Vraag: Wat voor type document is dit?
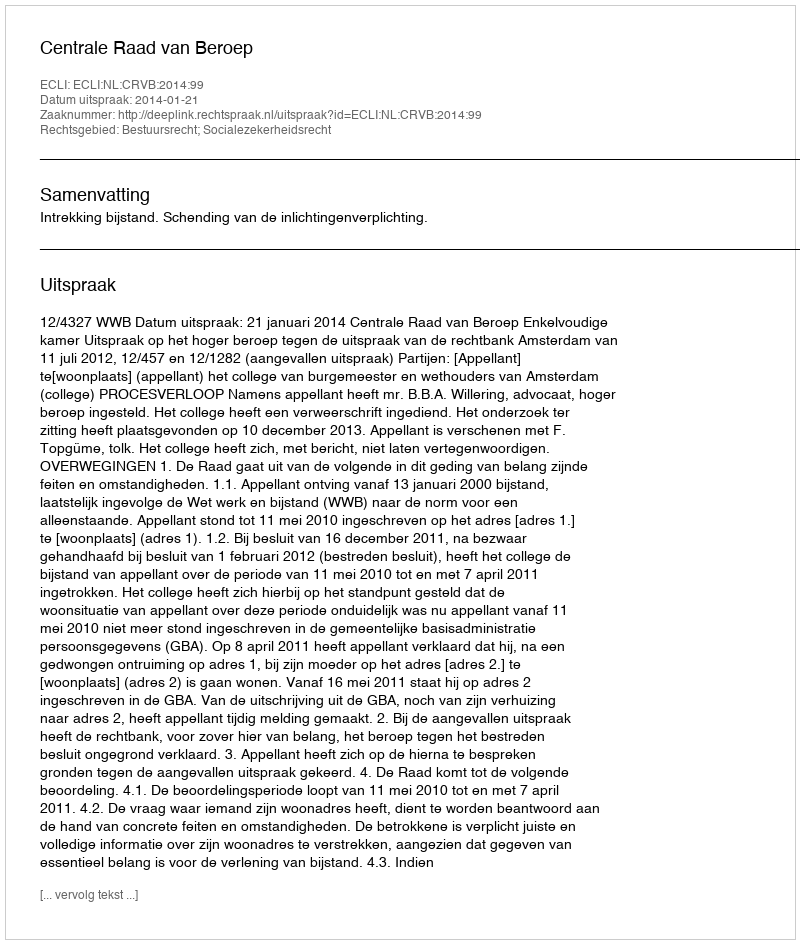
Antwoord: Uitspraak